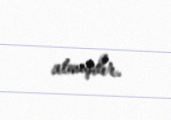
atmışdır.